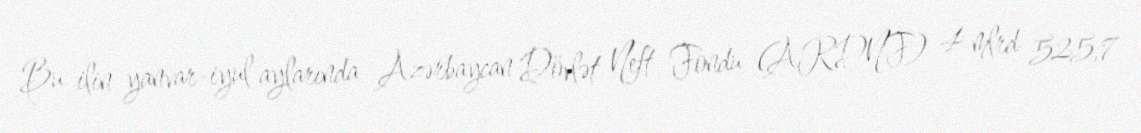
Bu ilin yanvar-iyul aylarında Azərbaycan Dövlət Neft Fondu (ARDNF) 4 mlrd 525,7